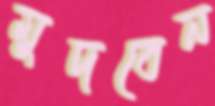
মুদবেন